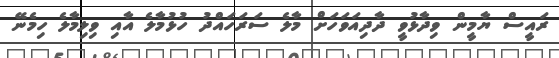
ރައީސް ޔާމީން ވިދާޅުވީ ދާދިއަވަހަށް މާލެ ސަރަަހައްދު ހުޅުމާލެ އާއި ވިލިމާލެ ހިމެނޭ